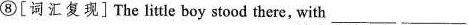
⑧[词汇复现]The lite boy stood there, with ___ ___